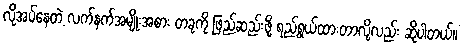
လိုအပ်နေတဲ့ လက်နက်အမျိုးအစား တခုကို ဖြည့်ဆည်းဖို့ ရည်ရွယ်ထားတာလို့လည်း ဆိုပါတယ်။